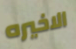
الاخيره